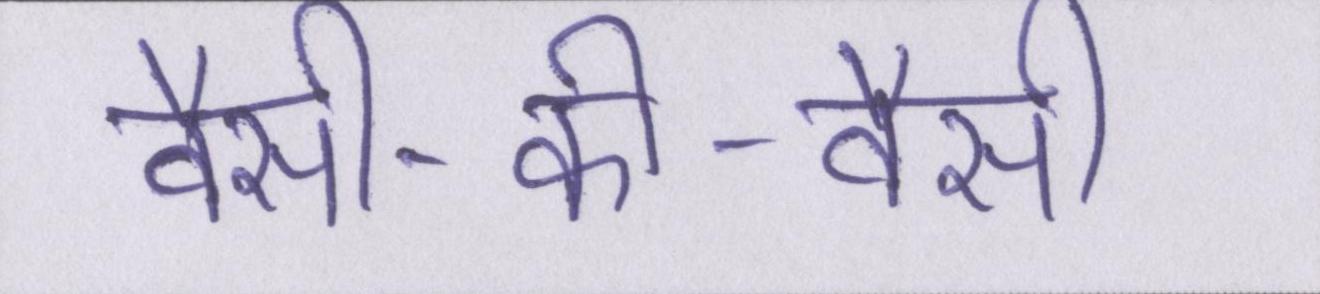
वैसी-की-वैसी